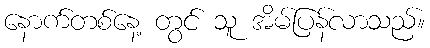
နောက်တစ်နေ့ တွင် သူ အိမ်ပြန်လာသည်။